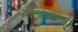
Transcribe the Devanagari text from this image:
वॉल्डेमॉर्टला